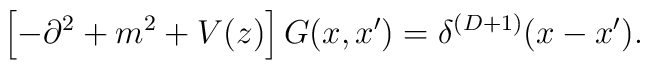
\left[-\partial^2+m^2+V(z)\right]G(x,x')=\delta^{(D+1)}(x-x').